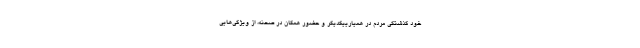
خود گذشتگی مردم در همیارییکدیگر و حضور همگان در صحنه، از ویژگی‌هایی